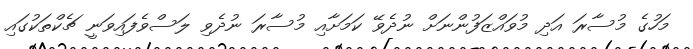
މަހުގެ މުސާރަ އަދި މުވައްޒަފުންނަށް ނުދެވޭ ކަމަށާއި މުސާރަ ނުދެވި ލަސްވެފައިވަނީ ޗެކްތަކުގައި